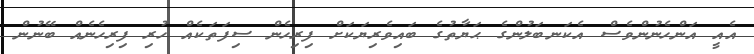
އެއީ އަންހެނުންވެސް އެކަނބަލުންގެ ޙަޔާތުގެ ބައިވެރިޔަކަށް ފިރިހެން ސިފަތަކެއް ހުރި ފިރިހެނެއް ބޭނުން